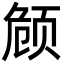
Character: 𬱟